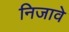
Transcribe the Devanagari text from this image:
निजावे